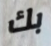
بك